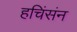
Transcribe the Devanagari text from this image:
हचिंसंन